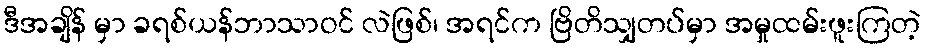
ဒီအချိန် မှာ ခရစ်ယန်ဘာသာဝင် လဲဖြစ်၊ အရင်က ဗြိတိသျှတပ်မှာ အမှုထမ်းဖူးကြတဲ့